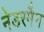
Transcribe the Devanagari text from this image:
नेडरमैन